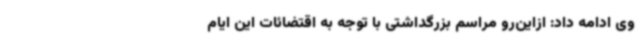
وی ادامه داد: ازاین‌رو مراسم بزرگداشتی با توجه به اقتضائات این ایام